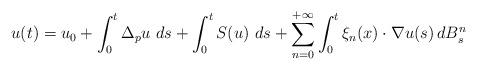
LaTeX: \begin{align*} u (t) = u_0 + \int_0^t \Delta_p u \, \, d s + \int_0^t S(u) \, \, d s + \sum_{n=0}^{+\infty} \int_0^t \xi_{n} (x) \cdot \nabla u (s) \, d B_s^{n} \end{align*}